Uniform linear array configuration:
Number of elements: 64
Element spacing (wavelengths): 1
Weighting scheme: binomial
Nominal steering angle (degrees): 60
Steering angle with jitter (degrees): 61.358
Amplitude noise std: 0.05
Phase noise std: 0.05

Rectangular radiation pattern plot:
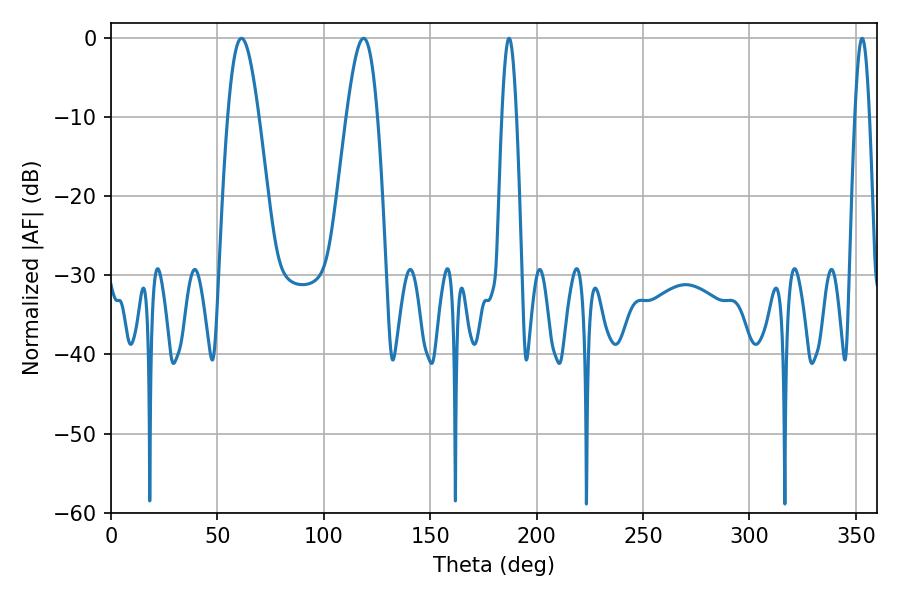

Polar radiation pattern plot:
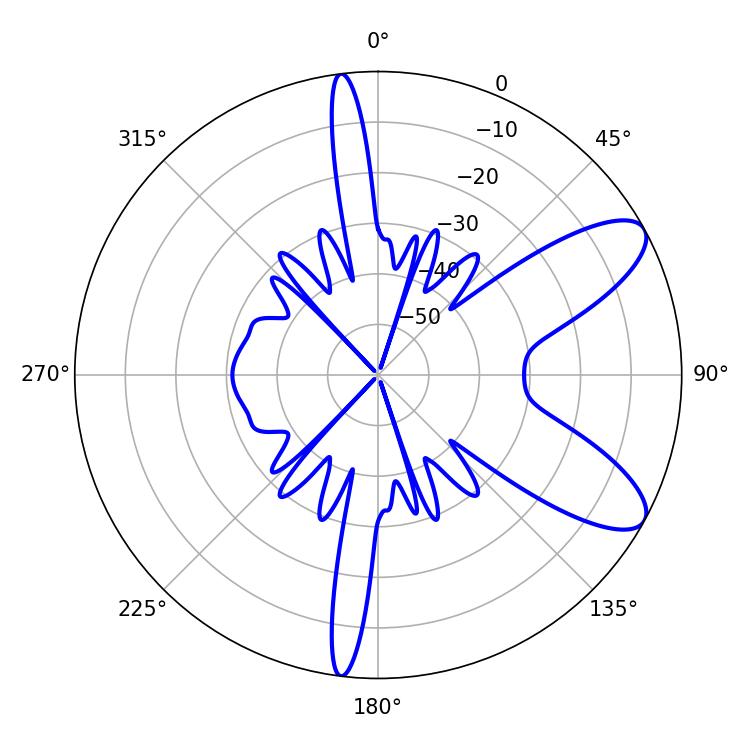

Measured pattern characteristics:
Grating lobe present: TRUE
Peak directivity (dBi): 9.09
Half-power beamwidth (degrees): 3.6
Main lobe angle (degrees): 187.02